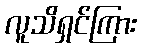
လူသိရှင်ကြား